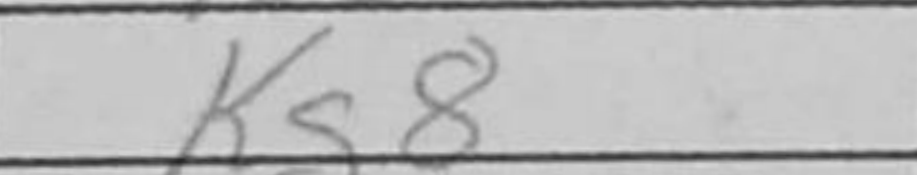
Transcription: Kg8